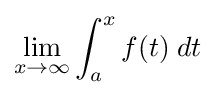
\lim _{x\to \infty }\int _{a}^{x}f(t)\;dt